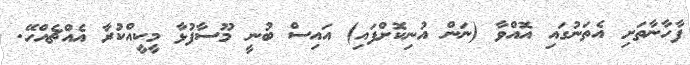
ފާހާނާތަށި އެތަނުގައި އޮއްވާ (ނަން އުނިކޮށްފައި) އައިސް ބުނީ މޫސާފުޅާ މީކީއްކުރާ އެއްޗެއްހޭ.